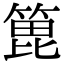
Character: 𫞾